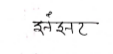
मजकूर: झंझट